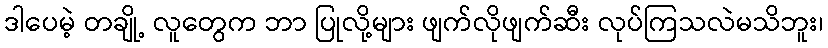
ဒါပေမဲ့ တချို့ လူတွေက ဘာ ပြုလို့များ ဖျက်လိုဖျက်ဆီး လုပ်ကြသလဲမသိဘူး၊